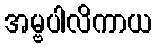
အမ္ဗပါလိကာယ